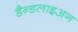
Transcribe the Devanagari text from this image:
डैन्डलाइअन